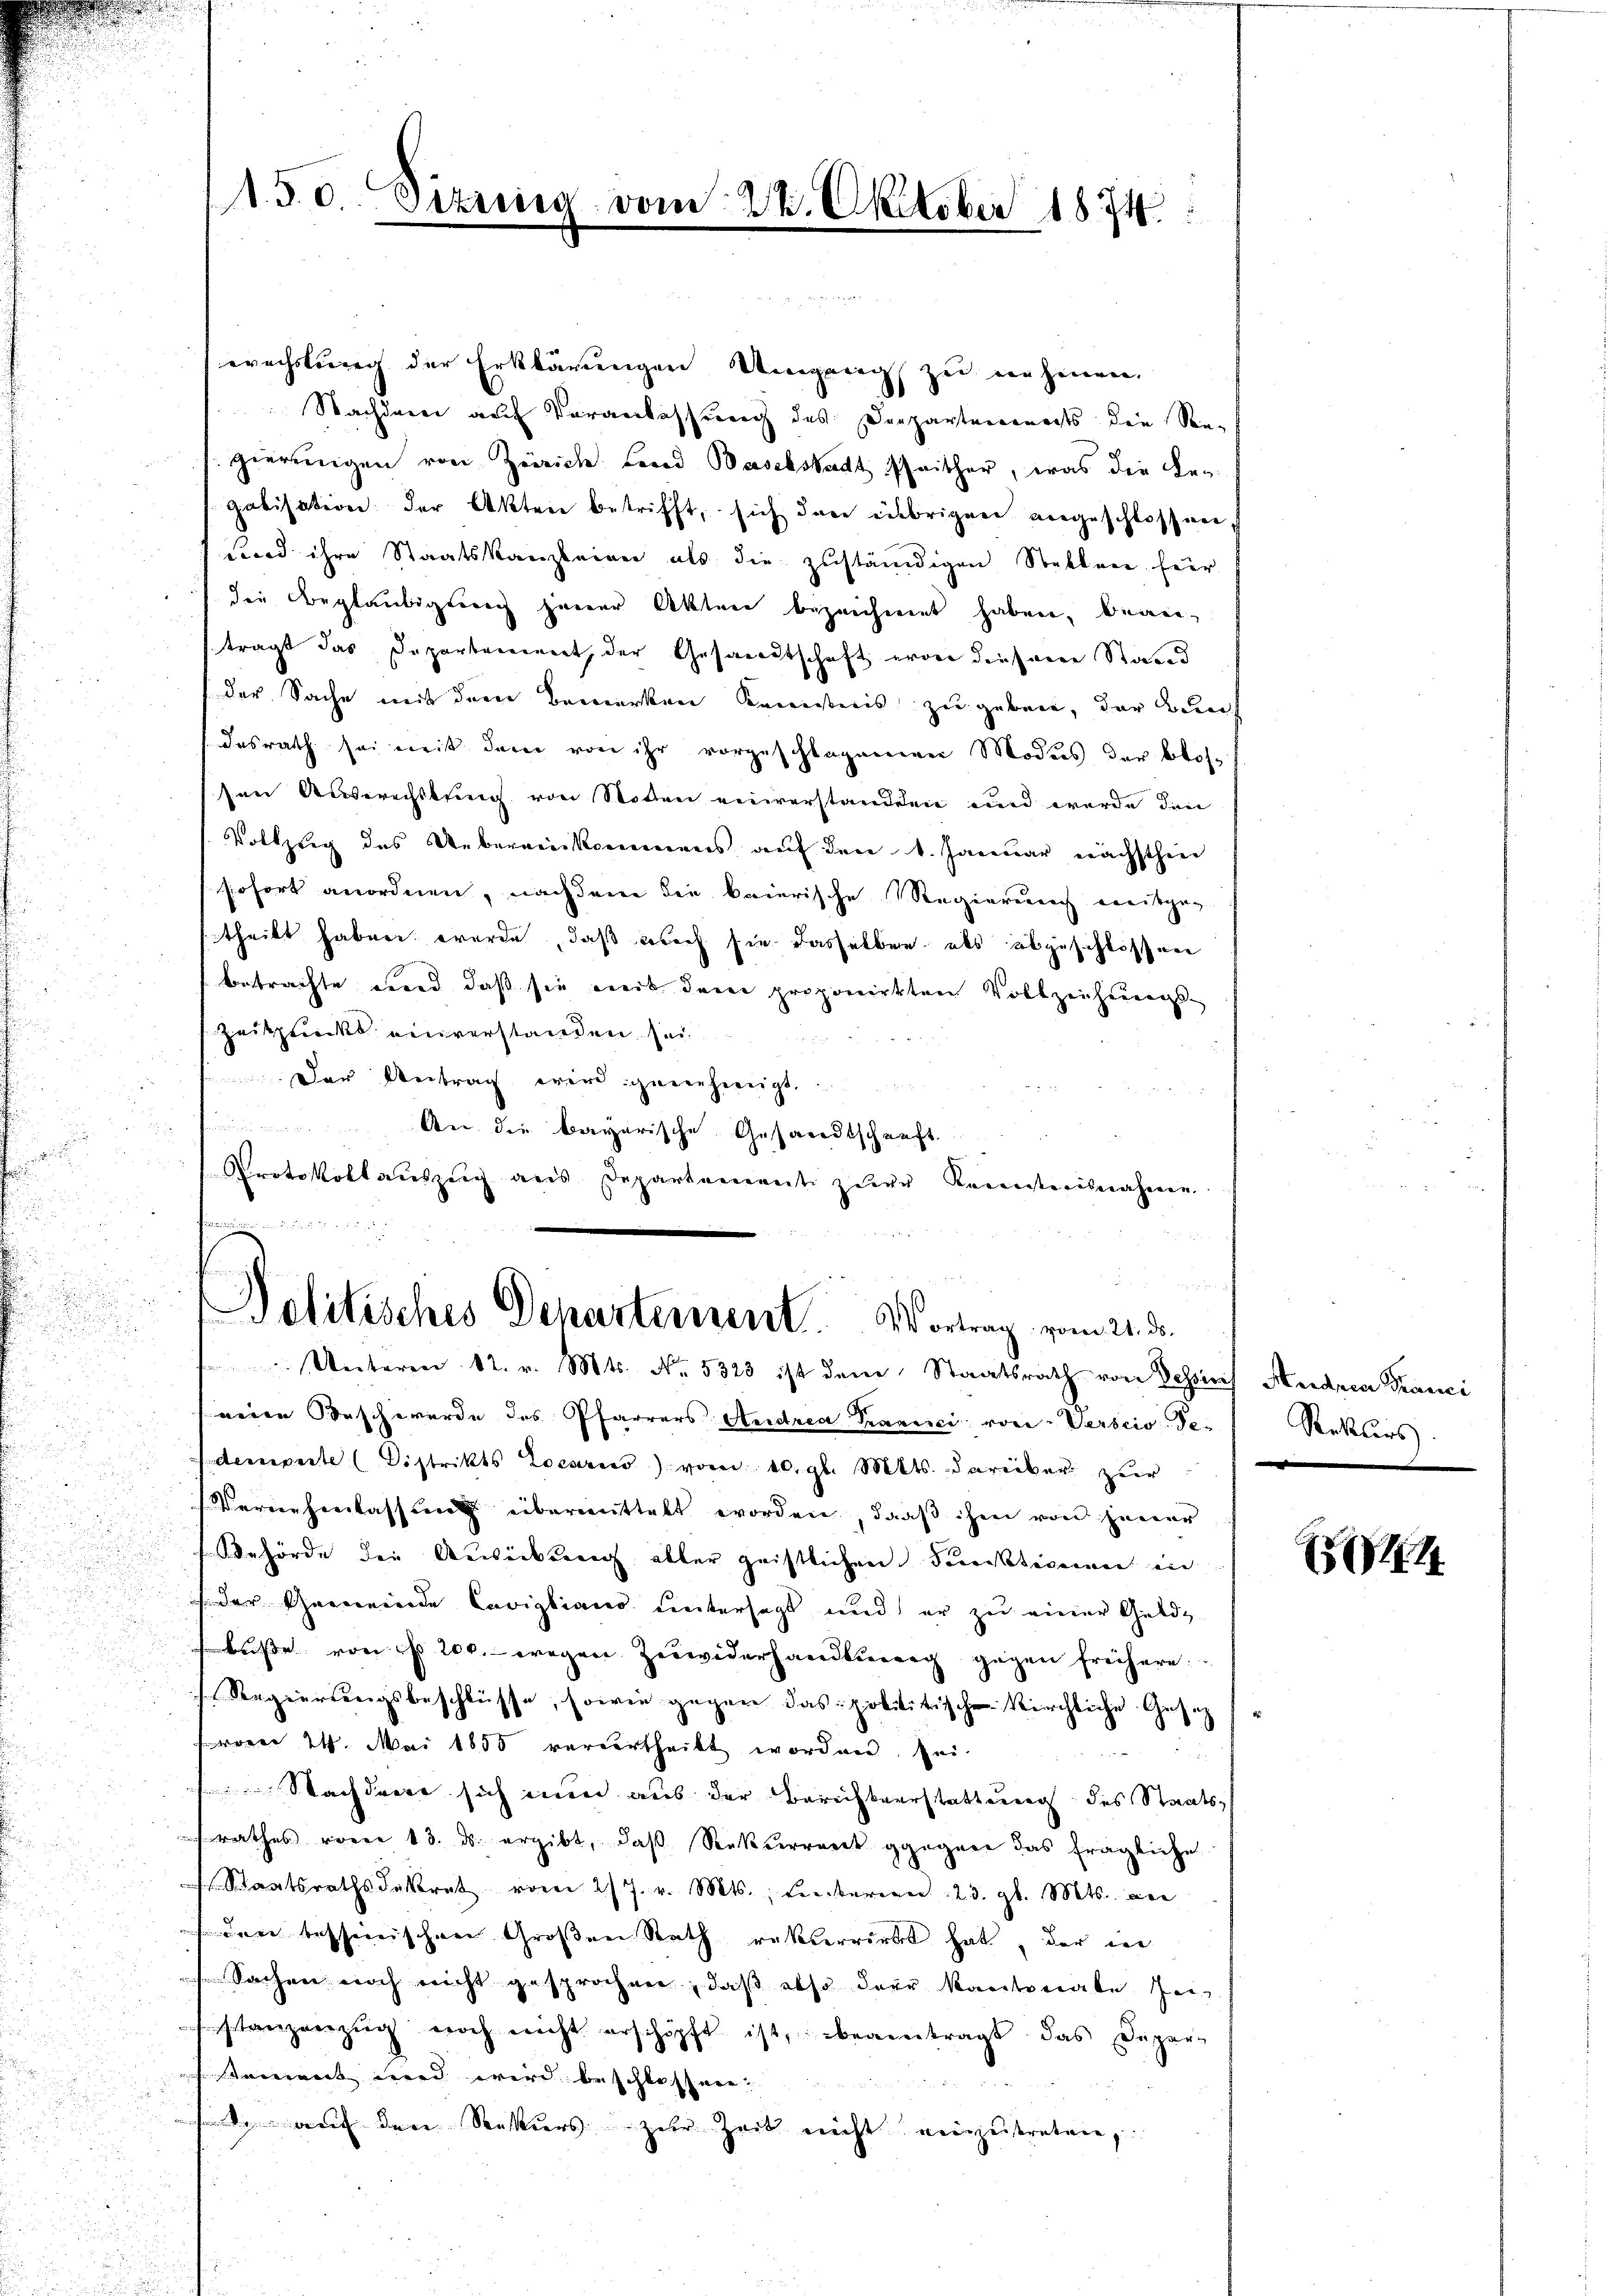
150. Sizrieg vom 22. Oktober 1874.

wachstung der Erklärungen Umgang zu nehmen.
Nachdem auf Veranlassung des Departements den See-
gierungen von Zürich Leid Baselstadt schrither, was die Be-
galisation der Akten betrifft, sich dann einbrigen vergeschlossen,
und ihre Staatskanzleiner als die zŭständigen Stellen für
1 die Beglaubigung jener Akten bezeichnent haben, begie-
trägt das Departement, der Gesandtschaft von diesene Stand
der Sache mit dem Bemerken Kenntnis zu geben, der Bun
desrath sei mit derer von ihr vorgeschlagenen Modus der blos-
sen Auswechstung von Stoden einverstandten und werde den
Vollzug des Uebereinkommens auf den 1. Januar nächsthin
sofort anordnen, nachdem die baierische Regierung ereitgeg
theilt haben werde, daß ich sie dasselben als abzuschlossere
betrachte und daß sie weit deine proponirkten Vollziehungs-
Zeitpunkt einverstanden sei
Der Antrag wird genehmigt.

An die bayerische Gesandtschunft
Protokollauszug aus Departement zur Reinisterisnahmen.

fend in
Politisches Departement. Vortrag vom 21. ds.
 Unteren 12. v. Mts. No. 5323 ist dem Staatsrath von Sessinis Aredren Franci

neien Beschwerde des Pfarrers Andrea Pranici von Verscio Te- Rekters
demperte (Distrikts Locarno vom 10. gl. Mts. darüber zur
Vernehmlassung übereittelt worden, daß ihm von jener
Behörde der Ausicklung aller geistlichen Funktionen in
 der Gemeinde Laviglians untersagt und er zu einer Geld-
buße von No 200.- wegen Zuwiderhandlung gegen frühere
Regierungsbeschlüsse, sowie gegen das polititischen Kirchliche Gesetz
ärer 24. Mai 1850 verurtheilt worden sei
Nachdrort sich ein aus der Berechterstattung des Staatssrathes voren 13. ds. ergibt, daß Rekurrent gegen das fragliche
 Staatsrathsdekret vom 27. v. Mts., berien 23. gl. Mts. die
 den bescheinischere Großen Rath rükverwirkt hat, der in
Sachen noch nicht gesprochen, daß also der kantonale sei
stanzenzŭg noch nicht erschöpft ist, beantragt das Depar-
stament wird wird beschlossner,
d auf den Rekurs zur Zeit nicht einzutreten,

4